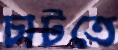
চাটতে